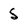
Character: 5